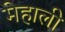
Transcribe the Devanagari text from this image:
मेहाली